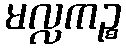
မလ္လကဉ္စ